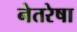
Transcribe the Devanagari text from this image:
नेतरेषा